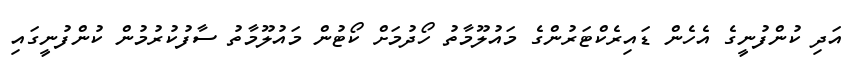
އަދި ކުންފުނީގެ އެހެން ޑައިރެކްޓަރުންގެ މައުލޫމާތު ހޯދުމަށް ކޯޓުން މައުލޫމާތު ސާފުކުރުމުން ކުންފުނީގައި